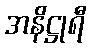
အနိဋ္ဌုရီ